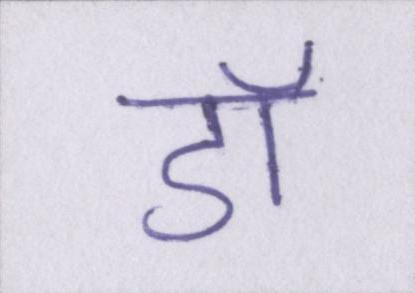
डॉ